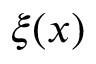
\xi ( x )